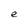
Character: e